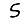
Digit: 5